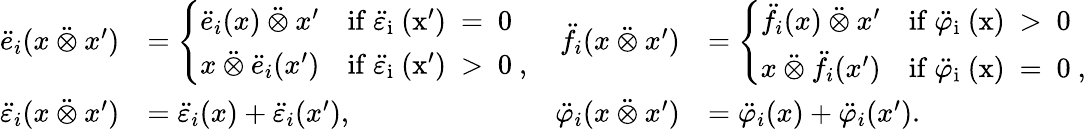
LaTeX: \begin{array}{rlrl}{\ddot{e}_{i}(x\mathbin{\ddot{\otimes}}x^{\prime})}&{=\left\{ \begin{array}{ll}{\ddot{e}_{i}(x)\mathbin{\ddot{\otimes}}x^{\prime}}&{\mathrm{if~\ddot{\varepsilon}_i~(x')~=~0~}}\\ {x\mathbin{\ddot{\otimes}}\ddot{e}_{i}(x^{\prime})}&{\mathrm{if~\ddot{\varepsilon}_i~(x')~>~0~,}}\end{array}\right.}&{\ddot{f}_{i}(x\mathbin{\ddot{\otimes}}x^{\prime})}&{=\left\{ \begin{array}{ll}{\ddot{f}_{i}(x)\mathbin{\ddot{\otimes}}x^{\prime}}&{\mathrm{if~\ddot{\varphi}_i~(x)~>~0~}}\\ {x\mathbin{\ddot{\otimes}}\ddot{f}_{i}(x^{\prime})}&{\mathrm{if~\ddot{\varphi}_i~(x)~=~0~,}}\end{array}\right.}\\ {\ddot{\varepsilon}_{i}(x\mathbin{\ddot{\otimes}}x^{\prime})}&{=\ddot{\varepsilon}_{i}(x)+\ddot{\varepsilon}_{i}(x^{\prime}),}&{\ddot{\varphi}_{i}(x\mathbin{\ddot{\otimes}}x^{\prime})}&{=\ddot{\varphi}_{i}(x)+\ddot{\varphi}_{i}(x^{\prime}).}\end{array}